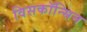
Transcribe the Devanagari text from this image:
विसकॉन्सिन